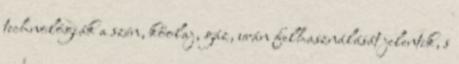
technológiák a szén, kőolaj, gáz, urán felhasználását jelentik, s